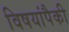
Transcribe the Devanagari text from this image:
विषयांपैकी